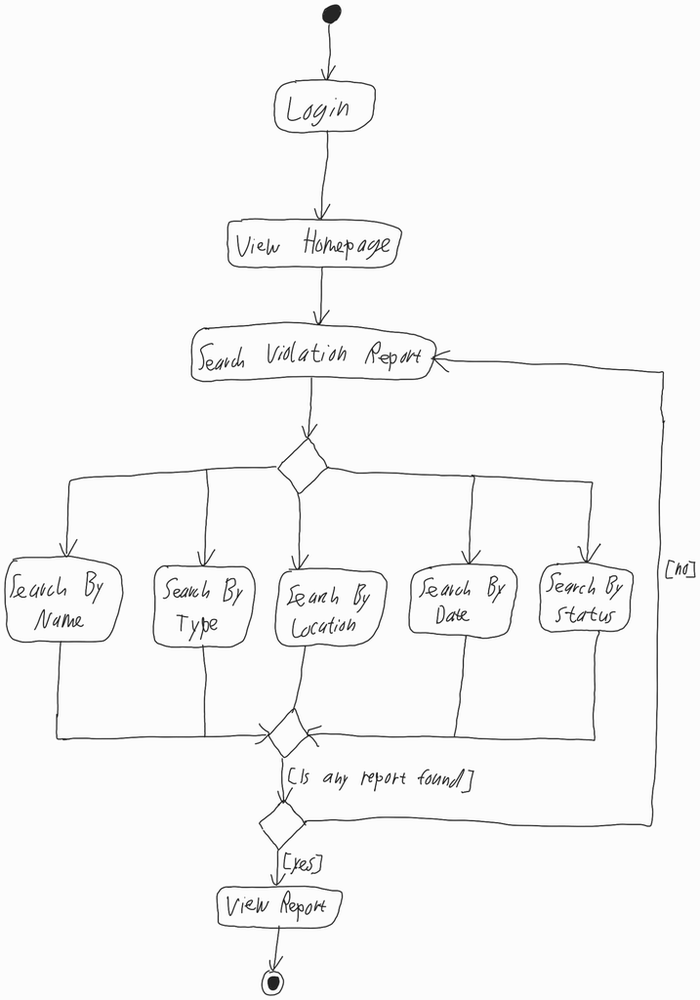
Diagram type: activity_diagram
```plantuml
@startuml

start

:Login;

:View Homepage;

repeat:Search Violation Report;

switch ()
  case ()
    :Search By Name;
  case ()
    :Search By Type;
  case ()
    :Search By Location;
  case ()
    :Search By Date;
  case ()
    :Search By Status;
endswitch

repeat while ([Is any report found]) is ([no]) not ([yes])

:View Report;

stop

@enduml
```